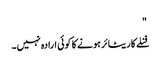
"
فنلے کا ریٹائر ہونے کا کوئی ارادہ نہیں۔